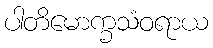
ပါတိမောက္ခသံဝရာယ